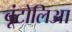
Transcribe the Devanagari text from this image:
बूंटोलिआ